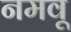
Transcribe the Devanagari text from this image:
नमवू